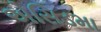
એસિડમા